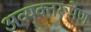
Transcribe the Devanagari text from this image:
अव्यक्तरूपेण